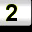
Digit: 2